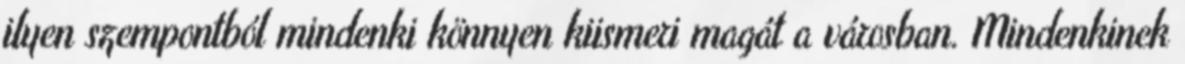
ilyen szempontból mindenki könnyen kiismeri magát a városban. Mindenkinek